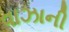
વાઝાની